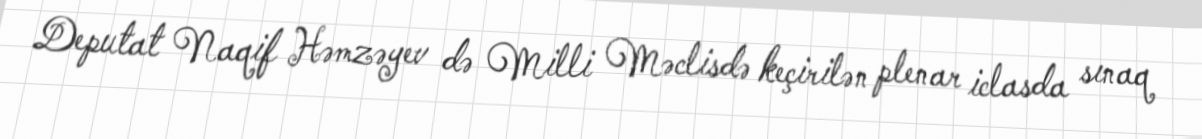
Deputat Naqif Həmzəyev də Milli Məclisdə keçirilən plenar iclasda sınaq